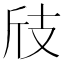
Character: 𢺼